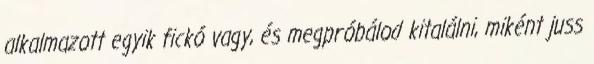
alkalmazott egyik fickó vagy, és megpróbálod kitalálni, miként juss